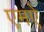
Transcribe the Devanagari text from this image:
एमऐ